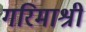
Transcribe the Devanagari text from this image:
गरिमाश्री